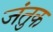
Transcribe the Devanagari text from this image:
जंतुक